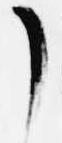
了